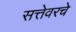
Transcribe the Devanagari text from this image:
सत्तेवरचे